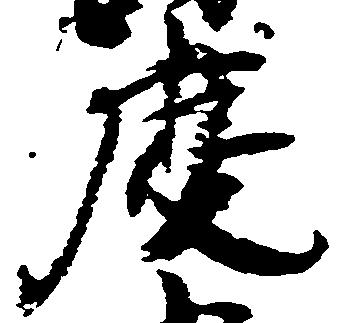
慶